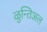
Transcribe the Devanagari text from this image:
ळुन्तिअल